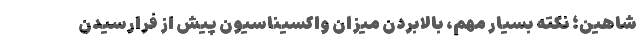
شاهین؛ نکته بسیار مهم، بالابردن میزان واکسیناسیون پیش از فرارسیدن